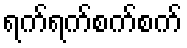
ရက်ရက်စက်စက်